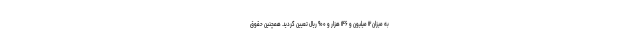
به میزان ۱۲ میلیون و ۱۴۶ هزار و ۹۰۰ ریال تعیین گردید. همچنین حقوق